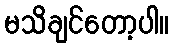
မသိချင်တော့ပါ။